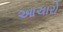
આચારો